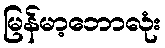
မြန်မာ့ဘောလုံး